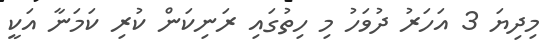
މިދިޔަ 3 އަހަރު ދުވަހު މި ހިތުގައި ރަނިކަން ކުރި ކަމަނާ އަކީ